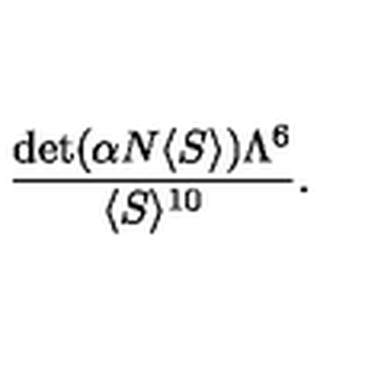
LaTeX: \frac { \mathrm { d e t } ( \alpha N \langle S \rangle ) \Lambda ^ { 6 } } { \langle S \rangle ^ { 1 0 } } .